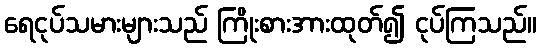
ရေငုပ်သမားများသည် ကြိုးစားအားထုတ်၍ ငုပ်ကြသည်။